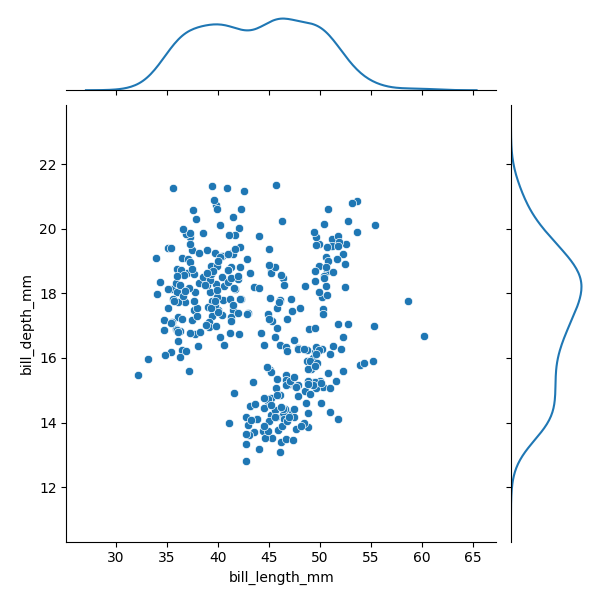
python, seaborn, JointGrid, scatterplot, kdeplot